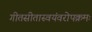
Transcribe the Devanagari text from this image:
गीतसीतास्वयंवरोपक्रमः